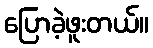
ပြောခဲ့ဖူးတယ်။